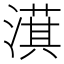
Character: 𣾁